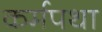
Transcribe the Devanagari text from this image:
कर्मपथा